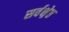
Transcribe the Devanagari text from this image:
सर्वक्ष्रेष्ठ